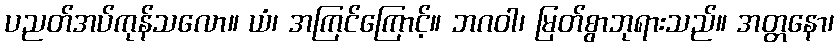
ပညတ်အပ်ကုန်သလော။ ယံ၊ အကြင်ကြောင့်။ ဘဂဝါ၊ မြတ်စွာဘုရားသည်။ အတ္တနော၊